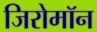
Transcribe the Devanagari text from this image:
जिरोमॉन